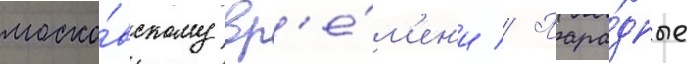
моско́вскому вр'е́м'ен'и // Пара́дные